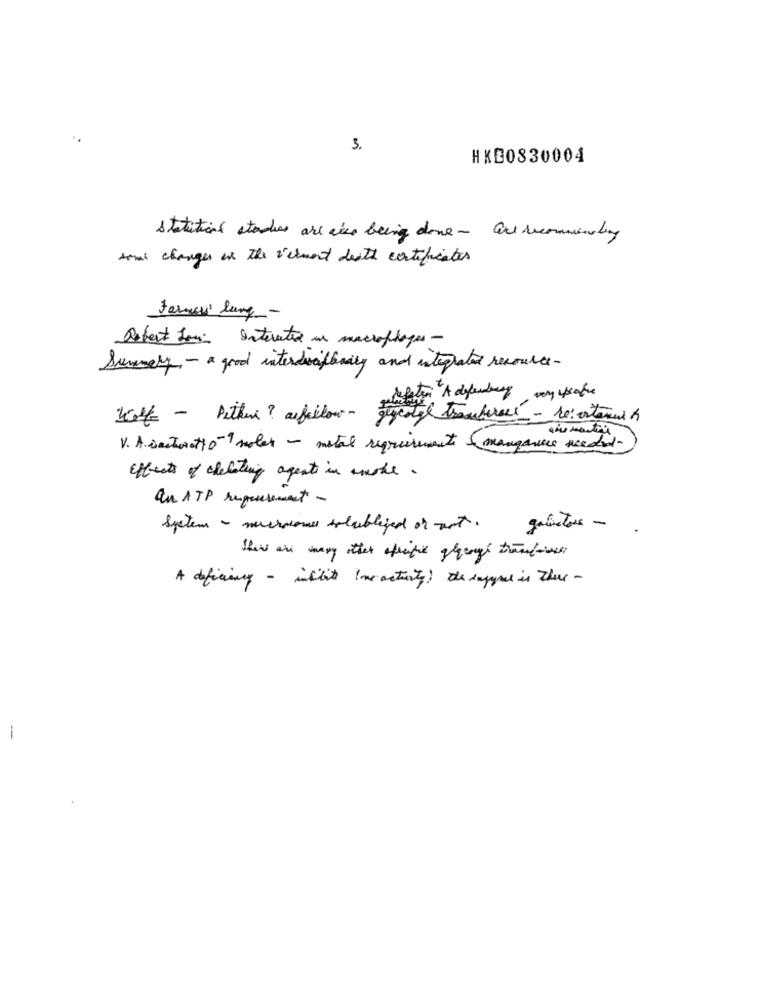
3.
HKB0830004
statutical studies are also being done - are recommending
some changes in the vermont douth certificates
Farmen lung -
Dabest for Interested in macrophages -
Summery - a good interdisciplinity and integrated resource-
Belasten A defending very upsafe
Well - Pitten? asfellow-
V. A. cactorett09 solar - metal requirements &mangances needed
Effects of chelating agents in anske.
an ATP reposesement -
System - muchoiones solubleged or not.
galistors -
A deficiency - indbits (noactivity; the dayyme is there -
-